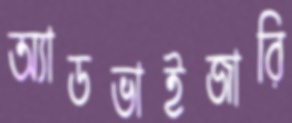
অ্যাডভাইজারি